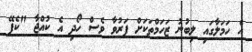
އެ ހަމަލާގައި ލިބުނު ޒަހަމްތަކަށް ފަރުވާ ވެސް ހޯދި އެ ކުއްޖާ "ކެފޭ